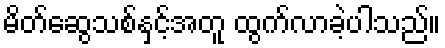
မိတ်ဆွေသစ်နှင့်အတူ ထွက်လာခဲ့ပါသည်။